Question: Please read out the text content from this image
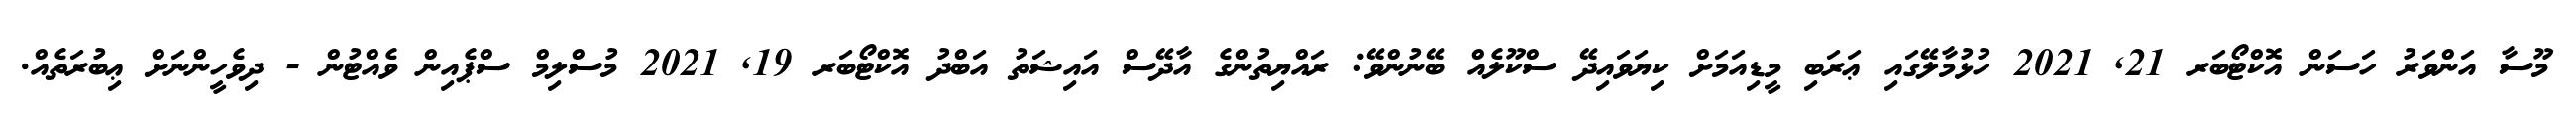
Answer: މޫސާ އަންވަރު ހަސަން އޮކްޓޯބަރ 21, 2021 ހުޅުމާލޭގައި ޢަރަބި މީޑިއަމަށް ކިޔަވައިދޭ ސްކޫލެއް ބޭނުންވޭ: ރައްޔިތުންގެ އާދޭސް އައިޝަތު އަބްދު އޮކްޓޯބަރ 19, 2021 މުސްލިމް ސްޕެއިން ވެއްޓުން - ދިވެހީންނަށް ޢިބުރަތެއް.